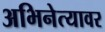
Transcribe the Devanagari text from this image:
अभिनेत्यावर